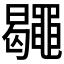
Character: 𪓮